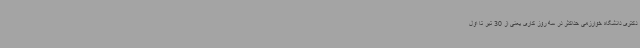
دکتری دانشگاه خوارزمی حداکثر در سه روز کاری یعنی از 30 تیر تا اول